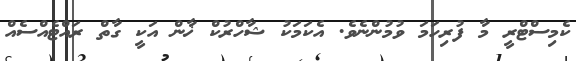
ކެމިސްޓްރީ މާ ފުރިހަމަ ވުމުންނެވެ. އެކަމަކު ޝާހްރުކް ޚާން އަކީ ގާތް ރައްޓެއްސެއް